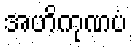
အဟိကုဏပံ